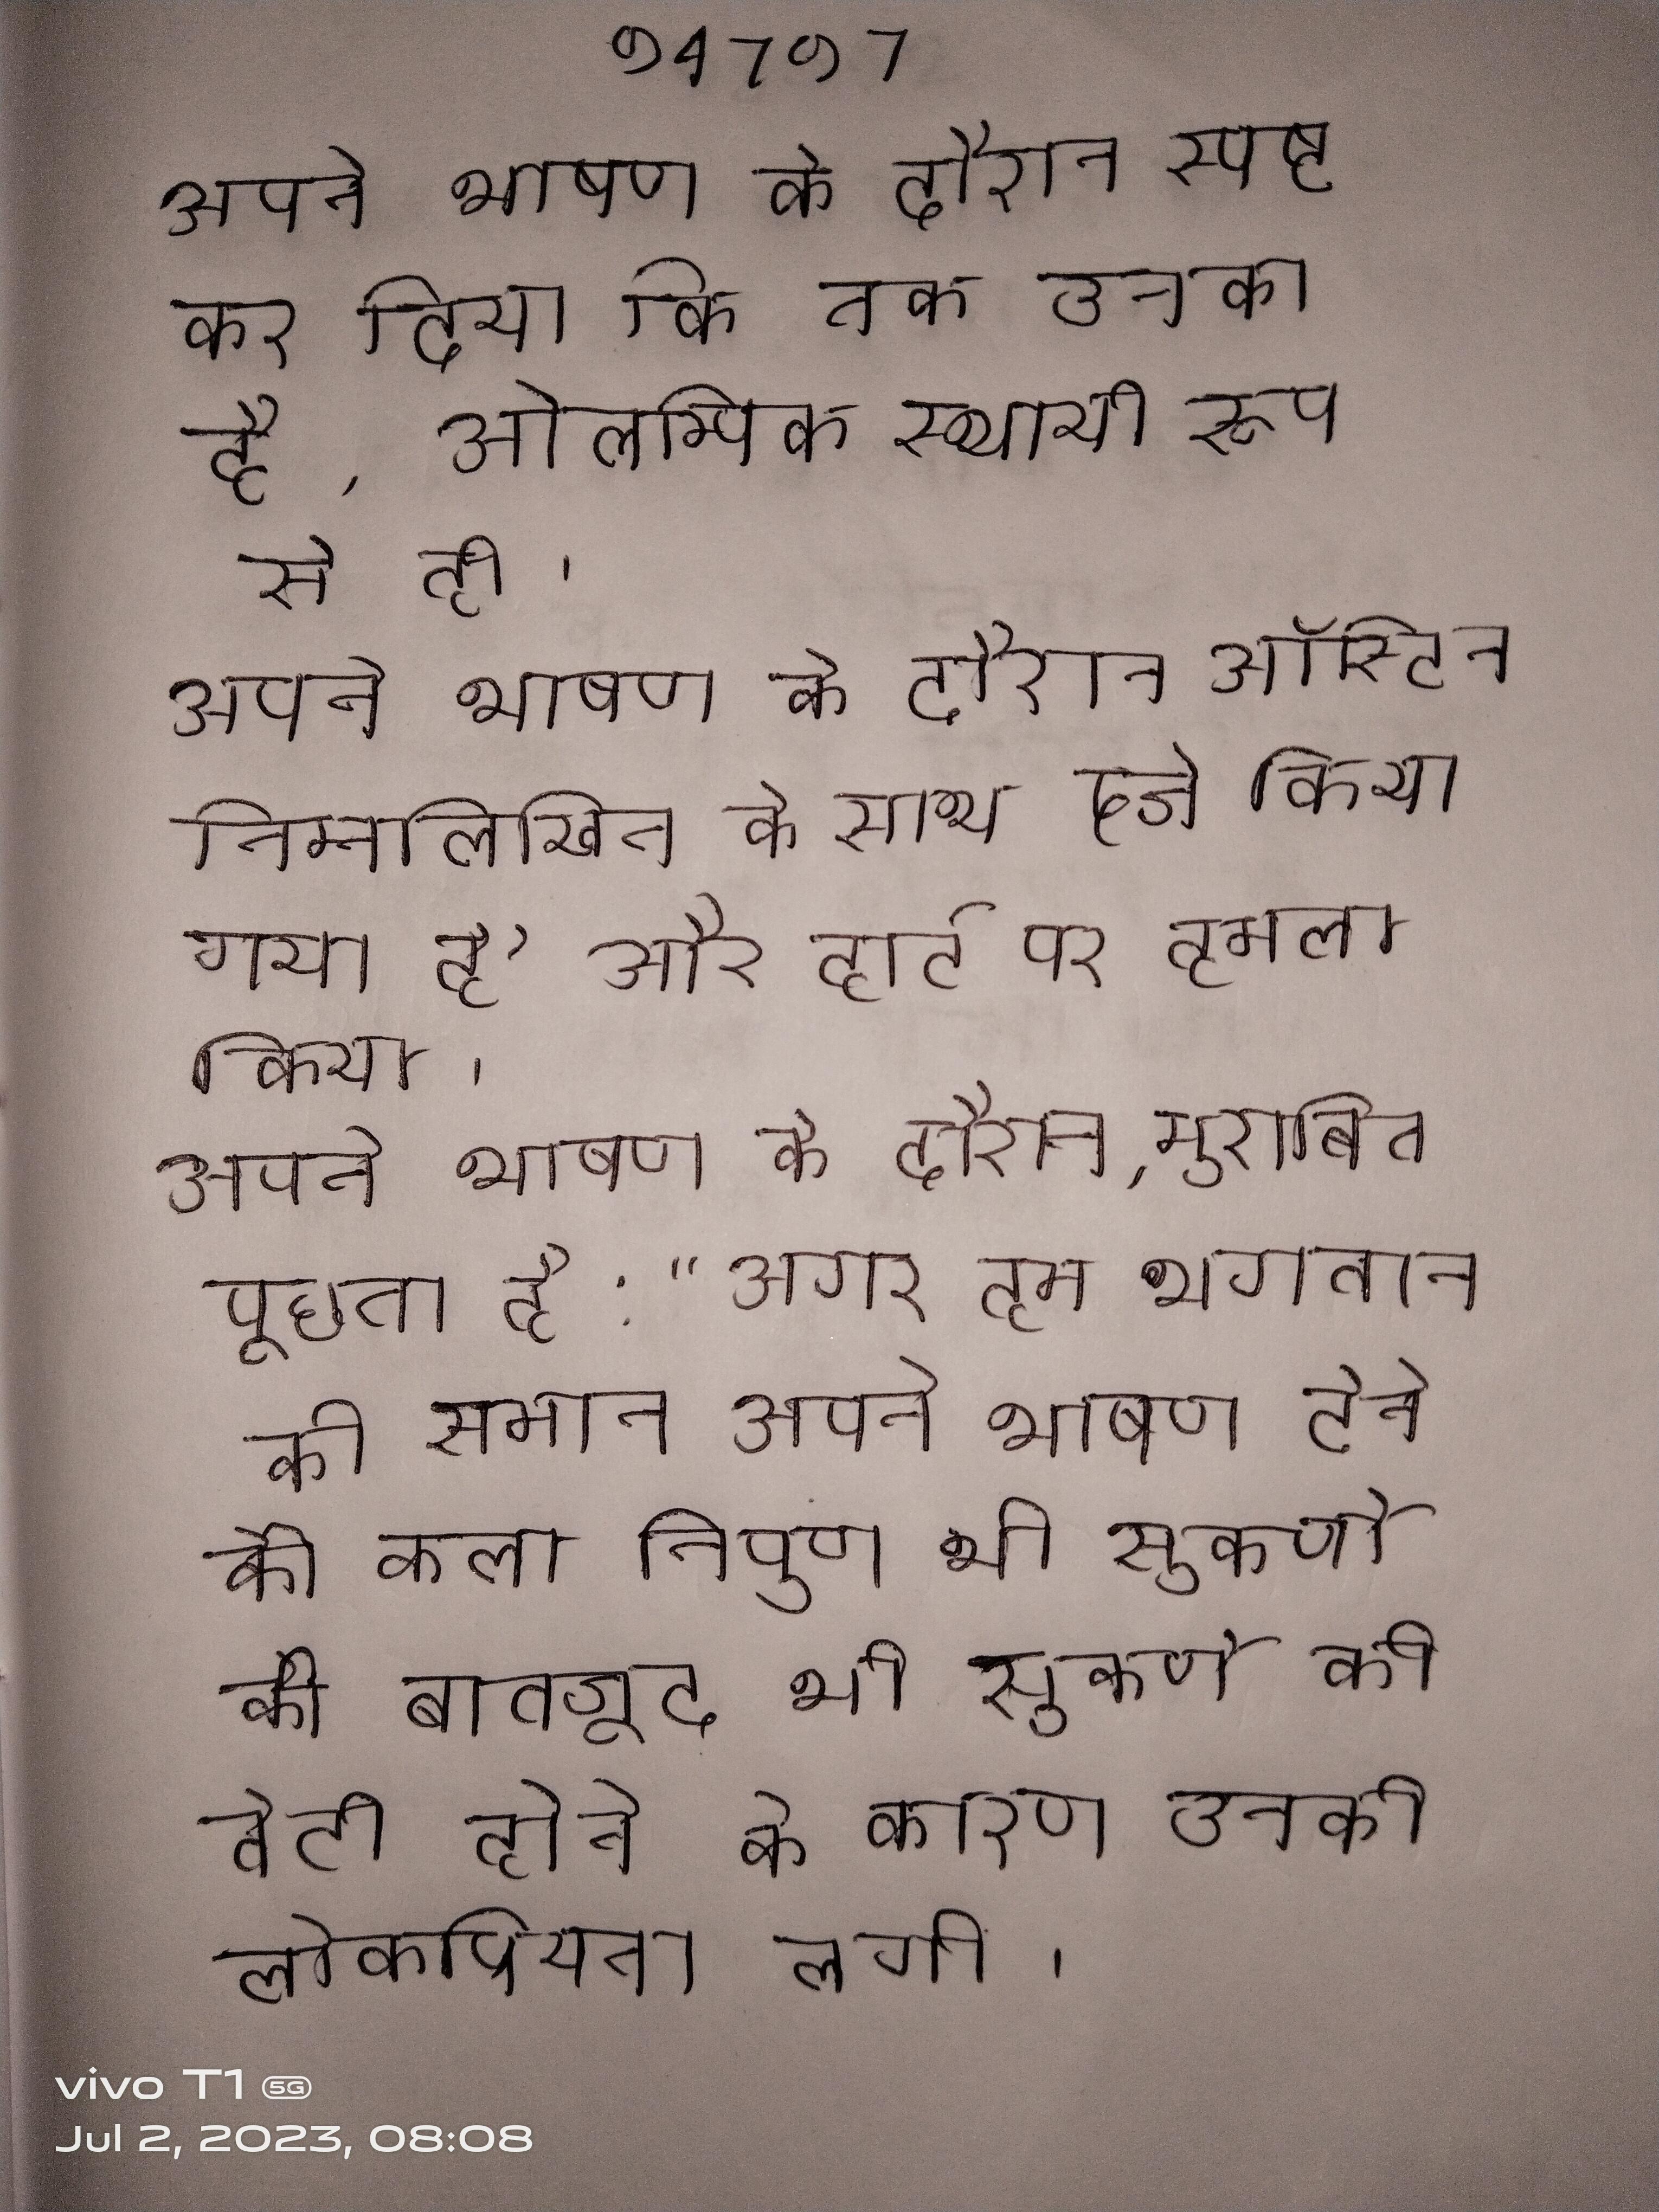
अपने भाषण के दौरान स्पष्ट कर दिया कि तक उनका है, ओलम्पिक स्थायी रूप से ही आयोजित किए जाने । अपने भाषण के दौरान ऑस्टिन निम्नलिखित के साथ दर्ज किया गया है और हार्ट पर हमला किया । अपने भाषण के दौरान, मुराबित पूछता है: "अगर हम भगवान की समान तो क्या हम की समान अपने भाषण देने की कला निपुण न होने के बावजूद भी सुकर्णो की बेटी होने के कारण उनकी लोकप्रियता लगी ।